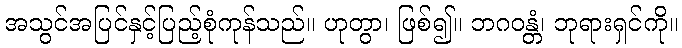
အသွင်အပြင်နှင့်ပြည့်စုံကုန်သည်။ ဟုတွာ၊ ဖြစ်၍။ ဘဂဝန္တံ၊ ဘုရားရှင်ကို။